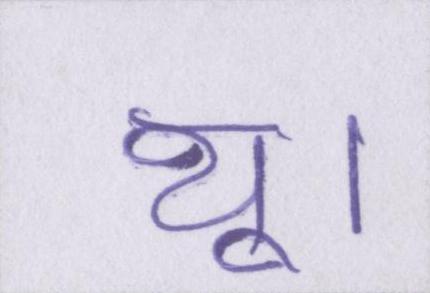
थू।